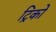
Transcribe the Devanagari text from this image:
ट्रिकों